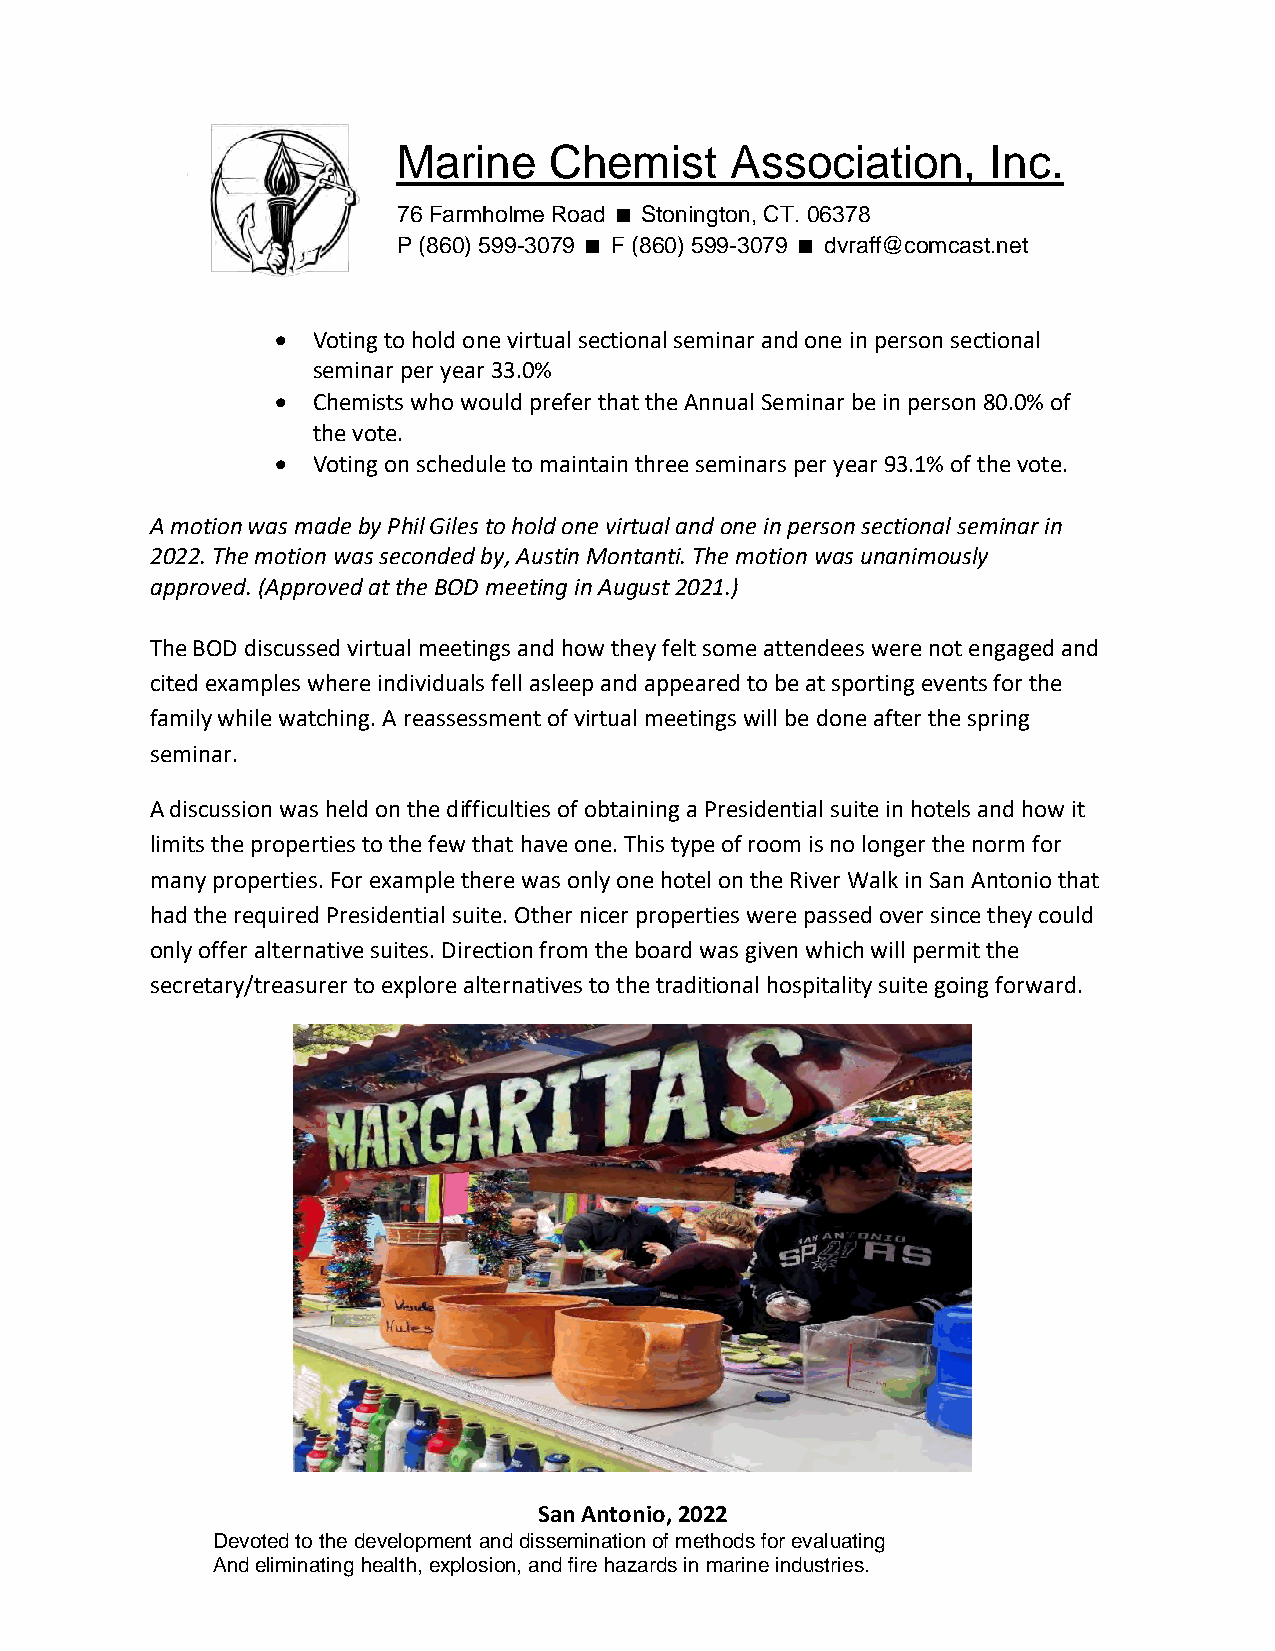
Marine    Chemist     Association,      Inc.
 76 Farmholme Road Stonington, CT. 06378
 P (860) 599-3079 F (860) 599-3079 dvraff@comcast.net
 •  Voting to hold one virtual sectional seminar and one in person sectional
 seminar per year 33.0%
 •  Chemists who would prefer that the Annual Seminar be in person 80.0% of
 the vote.
 •  Voting on schedule to maintain three seminars per year 93.1% of the vote.
 A motion was made by Phil Giles to hold one virtual and one in person sectional seminar in
 2022. The motion was seconded by, Austin Montanti. The motion was unanimously
 approved. (Approved at the BOD meeting in August 2021.)
 The BOD discussed virtual meetings and how they felt some attendees were not engaged and
 cited examples where individuals fell asleep and appeared to be at sporting events for the
 family while watching. A reassessment of virtual meetings will be done after the spring
 seminar.
 A discussion was held on the difficulties of obtaining a Presidential suite in hotels and how it
 limits the properties to the few that have one. This type of room is no longer the norm for
 many properties. For example there was only one hotel on the River Walk in San Antonio that
 had the required Presidential suite. Other nicer properties were passed over since they could
 only offer alternative suites. Direction from the board was given which will permit the
 secretary/treasurer to explore alternatives to the traditional hospitality suite going forward.
 San Antonio, 2022
 Devoted to the development and dissemination of methods for evaluating
 And eliminating health, explosion, and fire hazards in marine industries.